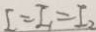
I = I _ { 1 } = I _ { 2 }